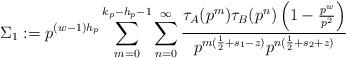
LaTeX: \begin{align*}\Sigma_1 : = p^{(w-1) h_p } \sum_{m=0 }^{k_p-h_p-1}\sum_{n=0}^{\infty} \frac{\tau_A(p^{m}) \tau_B(p^{n}) \left( 1-\frac{p^w}{p^{2}} \right)}{ p^{m( \frac{1}{2}+s_1 -z)} p^{n(\frac{1}{2}+s_2+z)} }\end{align*}